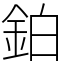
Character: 鉑